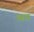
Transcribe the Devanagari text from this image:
बऩ